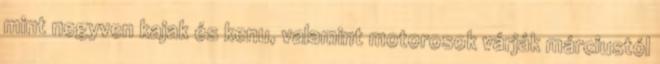
mint negyven kajak és kenu, valamint motorosok várják márciustól